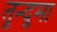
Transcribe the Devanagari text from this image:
तुन्दुमा